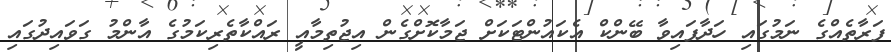
ފަރާތެއްގެ ނަމުގައި ހަދާފައިވާ ބޭންކް އެކައުންޓަކަށް ޖަމާކޮށްގެން އިޖުތިމާއީ ރައްކާތެރިކަމުގެ އާންމު ގަވައިދުގައި